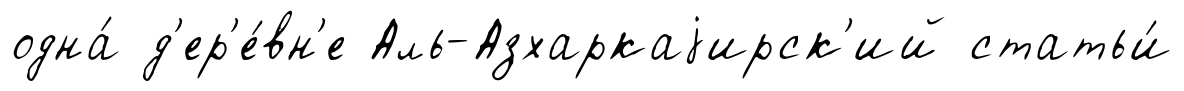
одна́ д'ер'е́вн'е Аль-Азхаркаjирск'ий статьи́